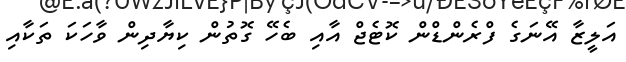
އަލީޒާ އޭނަގެ ފްރެންޑްން ކޮޓެޖް އާއި ބެހޭ ގޮތުން ކިޔާދިން ވާހަކަ ތަކާއި